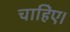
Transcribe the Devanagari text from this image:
चाहिेए।